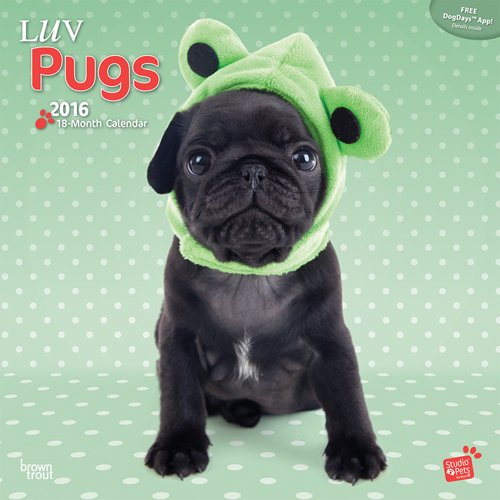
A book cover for By Myrna - Luv Pugs 2016 Square 12x12 (Multilingual Edition); Browntrout Publishers; Calendars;